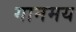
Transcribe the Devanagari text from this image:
गानमय